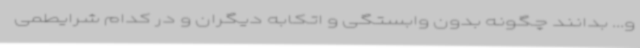
و... بدانند چگونه بدون وابستگی و اتکابه دیگران و در کدام شرایطمی‌